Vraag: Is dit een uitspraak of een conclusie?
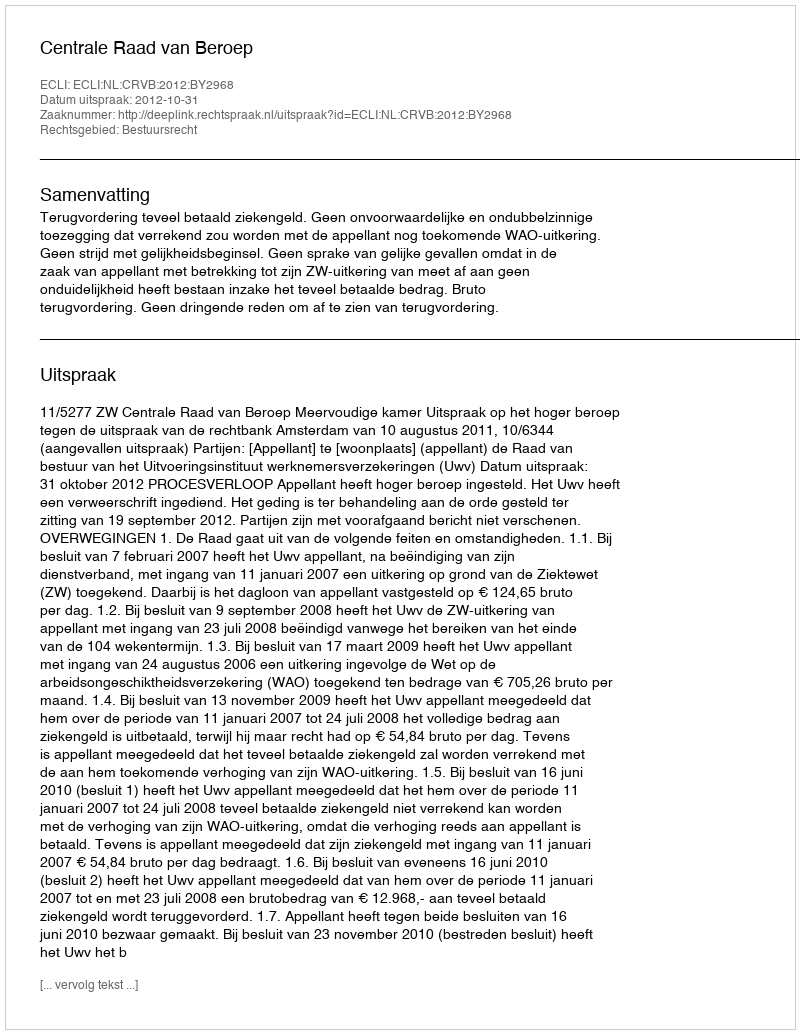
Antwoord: Uitspraak